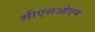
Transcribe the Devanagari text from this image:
सीएसओएम